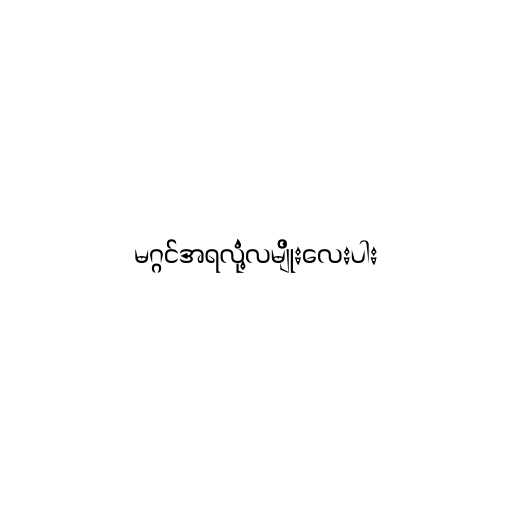
မဂ္ဂင်အရလုံ့လမျိုးလေးပါး